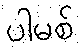
ပါမစ်